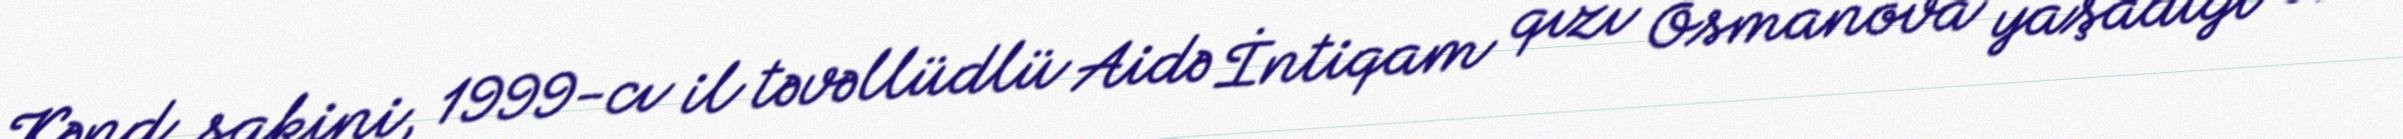
Kənd sakini, 1999-cı il təvəllüdlü Aidə İntiqam qızı Osmanova yaşadığı evin